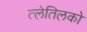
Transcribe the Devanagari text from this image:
त्लेतिलको